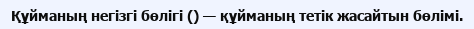
Құйманың негізгі бөлігі () — құйманың тетік жасайтын бөлімі.